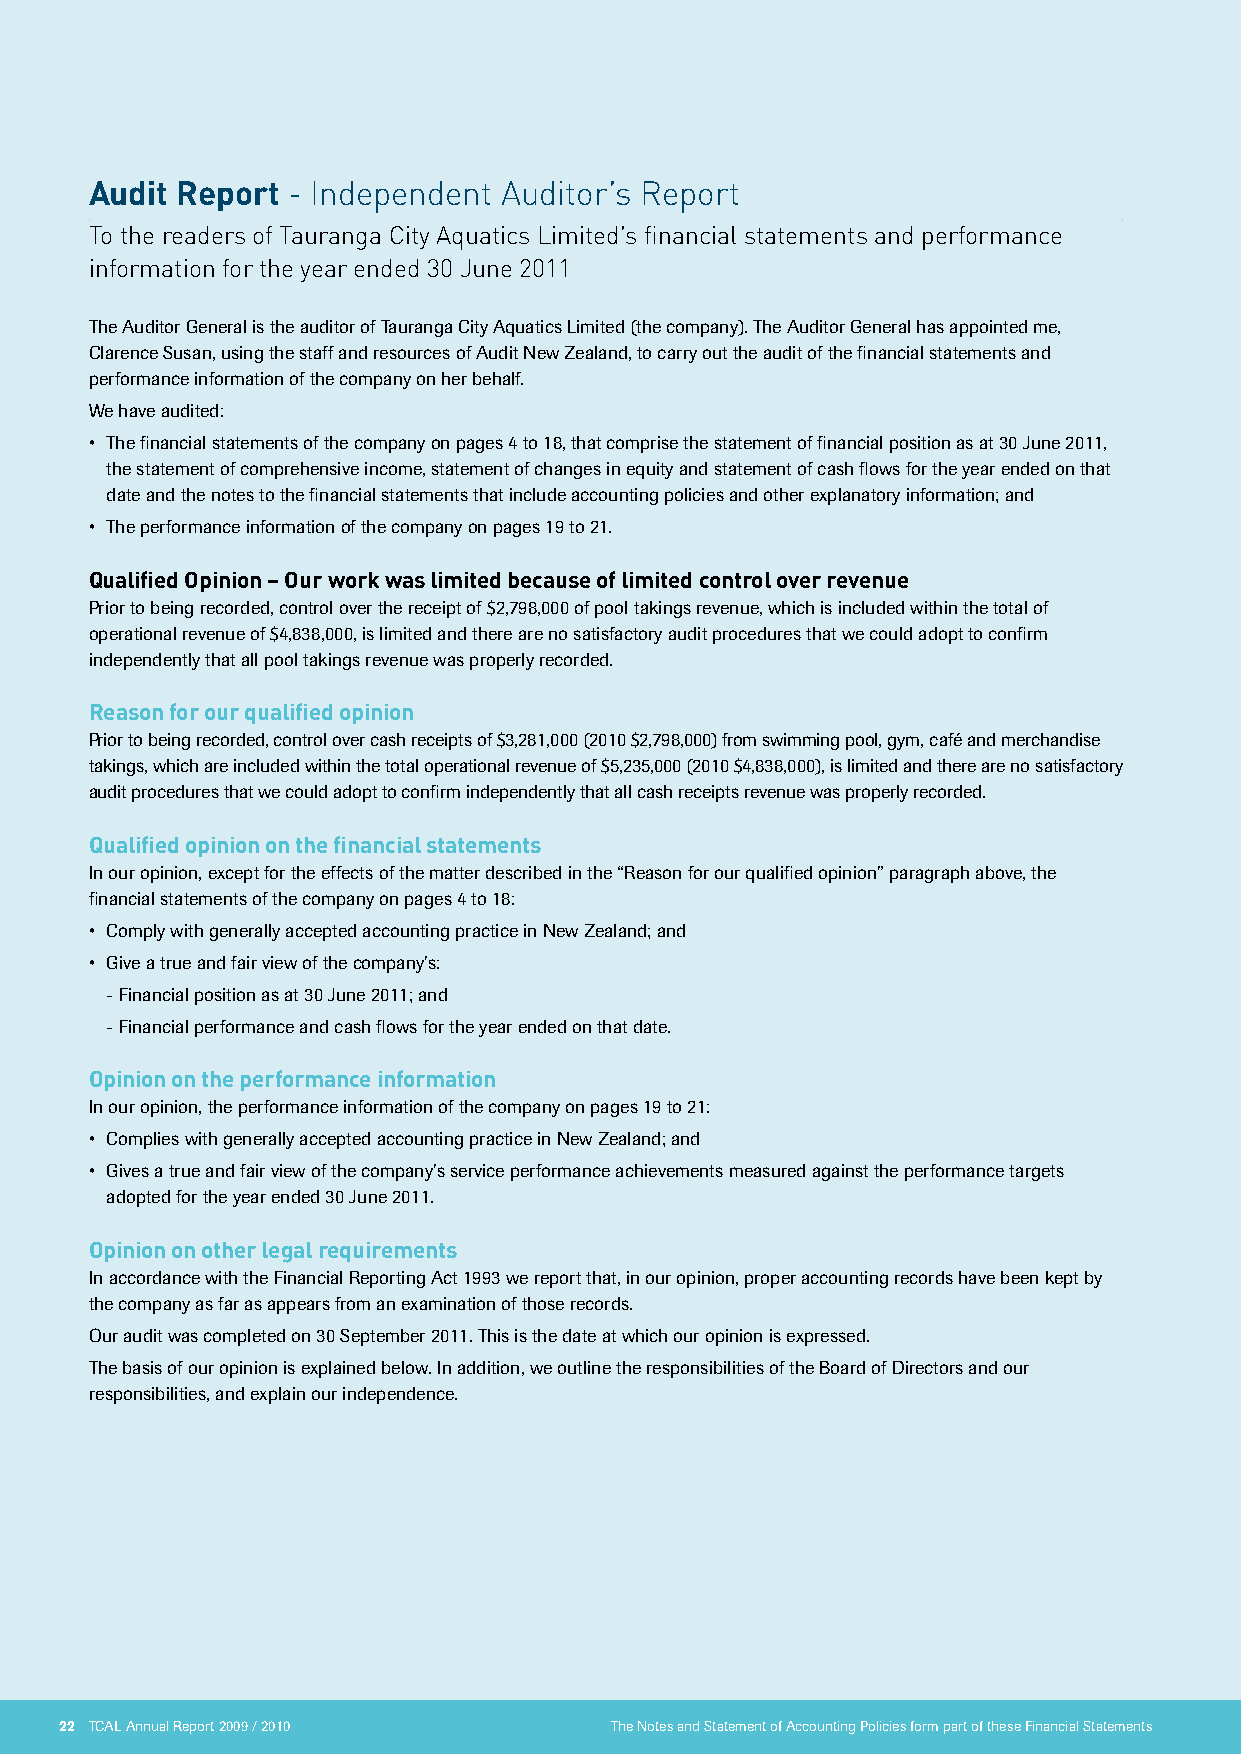
Audit Report - Independent Auditor’s Report
 To the readers of Tauranga City Aquatics Limited’s financial statements and performance
 information for the year ended 30 June 2011
 The Auditor general is the auditor of Tauranga City Aquatics Limited (the company). The Auditor general has appointed me,
 Clarence Susan, using the staff and resources of Audit New Zealand, to carry out the audit of the financial statements and
 performance information of the company on her behalf.
 We have audited:
 • The financial statements of the company on pages 4 to 18, that comprise the statement of financial position as at 30 June 2011,
 the statement of comprehensive income, statement of changes in equity and statement of cash flows for the year ended on that
 date and the notes to the financial statements that include accounting policies and other explanatory information; and
 • The performance information of the company on pages 19 to 21.
 Qualified Opinion – Our work was limited because of limited control over revenue
 Prior to being recorded, control over the receipt of $2,798,000 of pool takings revenue, which is included within the total of
 operational revenue of $4,838,000, is limited and there are no satisfactory audit procedures that we could adopt to confirm
 independently that all pool takings revenue was properly recorded.
 Reason for our qualified opinion
 Prior to being recorded, control over cash receipts of $3,281,000 (2010 $2,798,000) from swimming pool, gym, café and merchandise
 takings, which are included within the total operational revenue of $5,235,000 (2010 $4,838,000), is limited and there are no satisfactory
 audit procedures that we could adopt to confirm independently that all cash receipts revenue was properly recorded.
 Qualified opinion on the financial statements
 in our opinion, except for the effects of the matter described in the “Reason for our qualified opinion” paragraph above, the
 financial statements of the company on pages 4 to 18:
 • Comply with generally accepted accounting practice in New Zealand; and
 • Give a true and fair view of the company’s:
 - Financial position as at 30 June 2011; and
 - Financial performance and cash flows for the year ended on that date.
 Opinion on the performance information
 in our opinion, the performance information of the company on pages 19 to 21:
 • Complies with generally accepted accounting practice in New Zealand; and
 • Gives a true and fair view of the company’s service performance achievements measured against the performance targets
 adopted for the year ended 30 June 2011.
 Opinion on other legal requirements
 in accordance with the Financial Reporting Act 1993 we report that, in our opinion, proper accounting records have been kept by
 the company as far as appears from an examination of those records.
 Our audit was completed on 30 September 2011. This is the date at which our opinion is expressed.
 The basis of our opinion is explained below. in addition, we outline the responsibilities of the Board of directors and our
 responsibilities, and explain our independence.
 22 TCAL Annual Report 2009 / 2010   The Notes and Statement of Accounting Policies form part of these Financial Statements